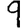
Digit: 9